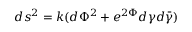
d s ^ { 2 } = k ( d { \Phi } ^ { 2 } + e ^ { 2 { \Phi } } { d { \gamma } } { d { \bar { \gamma } } } )